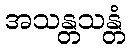
အသန္တသန္တံ